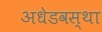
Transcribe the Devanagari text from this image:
अधेडवस्था